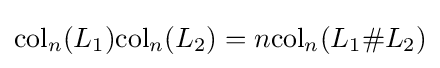
\mathrm {col} _{n}(L_{1})\mathrm {col} _{n}(L_{2})=n\mathrm {col} _{n}(L_{1}\#L_{2})